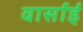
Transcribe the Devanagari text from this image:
वार्साई